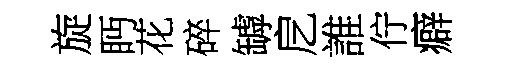
旋眄花碎罅戹誰佇癖